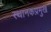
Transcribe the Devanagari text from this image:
स्थानकप्रमुख